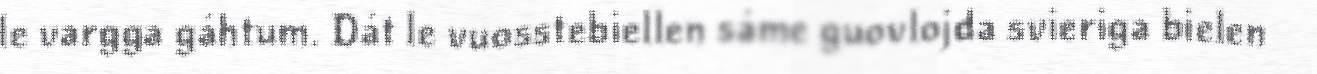
le vargga gáhtum. Dát le vuosstebiellen sáme guovlojda svieriga bielen